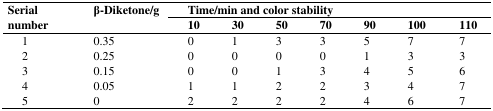
<table><thead><tr><td rowspan="2"><b>Serial number</b></td><td rowspan="2"><b>β-Diketone/g</b></td><td colspan="7"><b>Time/min and color stability</b></td></tr><tr><td><b>10</b></td><td><b>30</b></td><td><b>50</b></td><td><b>70</b></td><td><b>90</b></td><td><b>100</b></td><td><b>110</b></td></tr></thead><tbody><tr><td>1</td><td>0.35</td><td>0</td><td>1</td><td>3</td><td>3</td><td>5</td><td>7</td><td>7</td></tr><tr><td>2</td><td>0.25</td><td>0</td><td>0</td><td>0</td><td>0</td><td>1</td><td>3</td><td>3</td></tr><tr><td>3</td><td>0.15</td><td>0</td><td>0</td><td>1</td><td>3</td><td>4</td><td>5</td><td>6</td></tr><tr><td>4</td><td>0.05</td><td>1</td><td>1</td><td>2</td><td>2</td><td>3</td><td>4</td><td>7</td></tr><tr><td>5</td><td>0</td><td>2</td><td>2</td><td>2</td><td>2</td><td>4</td><td>6</td><td>7</td></tr></tbody></table>